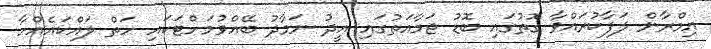
އިމްރާން ލަފާކުރައްވާ ގޮތުގައި ބޮޑު ޖަމާއަތުގައި އީދު ނަމާދު ބޭއްވުމަށްޓަކައި ހަތް ލައްކައެއްހާ